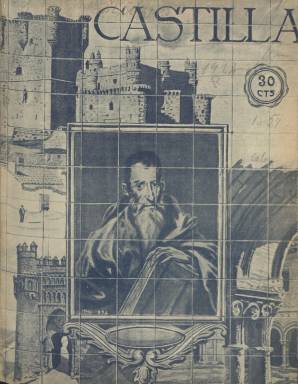
Título: Castilla (Madrid. 1924)
Otros títulos: Título: Castilla gráfica, marzo 1924-
Colección: Revistas de información general
Ámbito geográfico: Madrid
Lugar de publicación: Madrid
Fechas: 17/02/1924-19/03/1925

Revista gráfica semanal fundada y dirigida por el escritor y periodista segoviano Francisco Guillén Salaya (1900-1965), de la que su hermano Mario Guillén Salaya será el gerente; Mariano Fuentes, redactor-jefe, y Julio Escobar, secretario de redacción. “Regeneracionismo y neorregionalismo fueron las claves” de esta publicación, a juicio de José-Carlos Mainer (1995), el estudioso que se ha acercado a la personalidad y obra de Francisco Guillén, quien desde posiciones anarquistas y de vanguardia pasaría a formar parte de las primeras huestes del jonsismo y el falangismo fundados pocos años después. Castilla –que también se denominará Castilla gráfica–publica su primera entrega el 17 de febrero de 1924, y la última en la colección de la Biblioteca Nacional de España (BNE) es la número 57, correspondiente al 19 de marzo de 1925, aunque Mainer señala que estuvo apareciendo hasta el 31 de mayo (número 61), por lo que apenas superó el año de vida.

Con cubiertas ilustradas con fotograbados, dibujos o reproducciones pictóricas estampadas a veces con tintas a color, sus entregas superan la veintena de páginas, compuestas a dos columnas, y para su impresión se utiliza además del papel cuché el de prensa, siendo usado el primero sobre todo para la inserción de sus numerosos fotograbados. Sus contenidos comprenderán no sólo a las provincias y capitales de la actual Castilla la vieja y León, sino también a las de la nueva, y por tanto a ciudades como Toledo o Madrid o a las de Santander y Logroño.

A sus contenidos sumará la crítica o los textos de creación literaria, tanto en prosa como en verso, con la divulgación de la historia, la leyenda o el arte monumental de las tierras y ciudades castellanas, y las informaciones, artículos o reportajes de actualidad relativos a la economía, la agricultura o los espectáculos teatrales o de variedades, deportivos o de toros. Su carácter gráfico lo hará extensivo a los numerosos fotograbados de vistas de las poblaciones castellanas y de sus monumentos y edificios singulares, pero también a sus retratos o instantáneas de actualidad, organizando incluso un concurso de fotografías artísticas.

Por tanto, sus secciones reflejan esa variada temática: Castilla monumental, Teatros y cines, Deportes, Mercados, Poetas castellanos y Poetas americanos, Poesías inéditas, Cuentos inéditos, Humorismo, Taurinas, Leyendas de Castilla, Cinematográficas, Ciudades castellanas, Variedades o Notas gráficas de actualidad, entre otras.

A partir de octubre de 1924 contó con la colaboración del escritor y periodista César González Ruano (1903-1965), quien publicará textos sobre Larra, Azorín o las poetisas modernas de América; Rafael Cansinos-Assens (1882-1964) firma el artículo Crítica somera; Ángel Dótor escribe sobre los valores literarios de Ricardo León; aparece publicado el poema Canciones de cuna, de Gabriela Mistral, reproduce Poemas humanos de tema soriano escritos por Gerardo Diego, o saluda las Nuevas canciones, de Antonio Machado; pero también inserta bellos fotograbados del Alcázar de Segovia, de la ciudad de Ávila o de las excavaciones arqueológicas de Numancia, o artículos históricos sobre la población, el mercado de capitales o el comercio y la industria en Castilla; o un reportaje sobre Santander como playa de moda, acompañado también de fotografías en blanco y negro.

Bajo sus textos aparecen además los nombres de José Delgado Molina, José D. Frías, María Enriqueta, Jaime Torres Bodet, Jesús Cancio, J. Cornet, R. Rodríguez Valdivieso o M.F. Mariáñez, entre otros.

Guillén Salaya había establecido en Madrid la Agencia Castilla, para la contratación de anuncios comerciales en los principales periódicos españoles, empresa que, además de editora de la revista, también lo será de una serie titulada Guías Castilla de poblaciones españolas, que empezó con la de Segovia. La propia revista estuvo bien surtida de anuncios comerciales, e insertaba también una Guía de hoteles de Castilla.

En la última entrega de Castilla, los hermanos Francisco y Mario Guillén Salaya, anuncian que se hacían cargo de Tobogán: revista de afirmación literaria (1924). Para Mainer, Castilla tiene un “interés menor” y es un antecedente de la que después también fundarán y editarán entre 1929 y 1930, con una última entrega en 1933: Atlántico, título este que integra así mismo la colección hemerográfica de la BNE. Mario Guillén, por su parte, editará, también como director, cinco números de Segovia gráfica (1927), falleciendo en 1935, en Alicante.

Además de los trabajos que Mainer publica en 1989, 1995 y 2008 sobre Guillén Salaya y sus revistas, otras referencias similares aparecen en el segundo volumen del Homenaje al profesor Antonio Gallego Morel (1989) o en la monografía Obra periodística, 1925-1936, de César González Ruano, publicada en 2002, y sus Memorias, aparecidas en 2004.